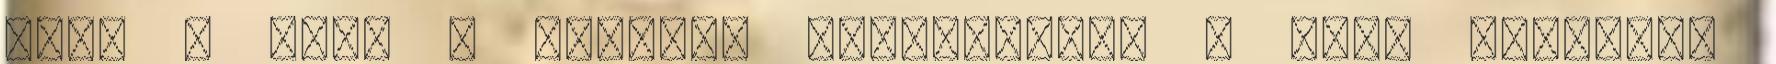
jobb , mint a nemzeti színháznak. A sors iróniája